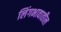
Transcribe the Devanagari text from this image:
लिंगभावातील